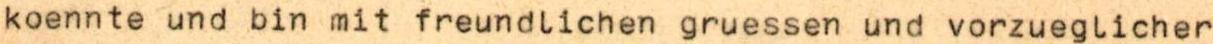
koennte und bin mit freundlichen gruessen und vorzueglicher